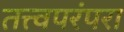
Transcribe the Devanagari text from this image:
तत्त्वपरंपरा